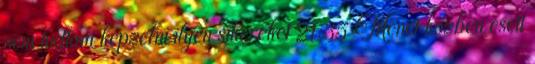
sem tudtam képzelni ilyen sikereket 21:35 Menet közben esett